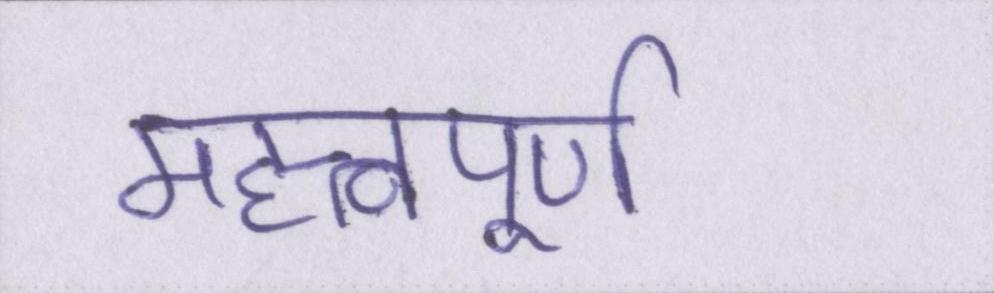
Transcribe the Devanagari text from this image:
महत्त्वपूर्ण